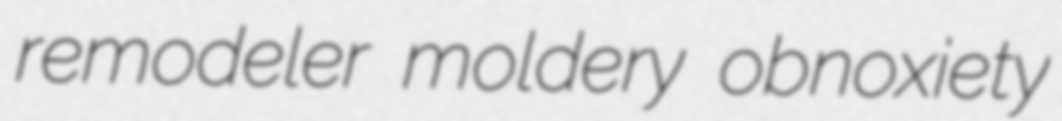
remodeler moldery obnoxiety